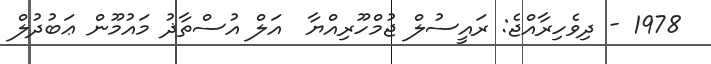
1978 - ދިވެހިރާއްޖެ: ރައީސުލް ޖުމްހޫރިއްޔާ  އަލް އުސްތާޛު މައުމޫން ޢަބުދުލް